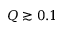
Q \gtrsim 0 . 1